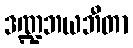
ဒဏ္ဍဘယဘီတာ